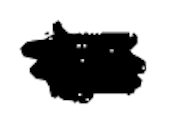
Text: in
Cross-out: scratch
Writing tool: digital_black